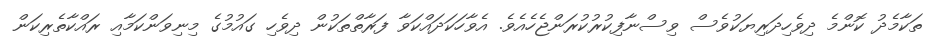
ތަކާމެދު ކޮންމެ ދިވެހިދަރިޔަކުވެސް ވިސްނާފިކުރުކުރަންޖެހެއެވެ. އެވާހަކަދައްކަވާ ފަރާތްތަކުން ދިވެހި ގައުމުގެ މިނިވަންކަމާއި ރައްކާތެރިކަން